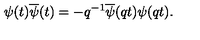
\psi ( t ) \overline { { \psi } } ( t ) = - q ^ { - 1 } \overline { { \psi } } ( q t ) \psi ( q t ) .